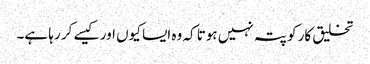
تخلیق کار کو پتہ نہیں ہوتا کہ وہ ایسا کیوں اور کیسے کر رہا ہے۔